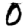
Digit: 0